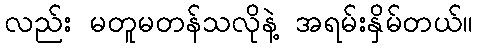
လည်း မတူမတန်သလိုနဲ့ အရမ်းနှိမ်တယ်။